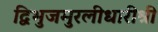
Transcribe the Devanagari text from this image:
द्विभुजमुरलीधारीश्री